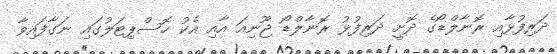
ދަރިފުޅާއި ރޮނާލްޑޯގެ ދޮށީ ދަރިފުޅު ރޮނާލްޑޯ ޖޫނިއަ އާއި އެކު ހޮސްޕިޓަލުގައި ނަގާފައިވާ